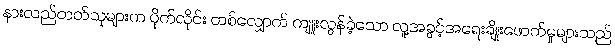
နားလည်တတ်သူများက ပိုက်လိုင်း တစ်လျှောက် ကျူးလွန်ခဲ့သော လူ့အခွင့်အရေးချိုးဖောက်မှုများသည်